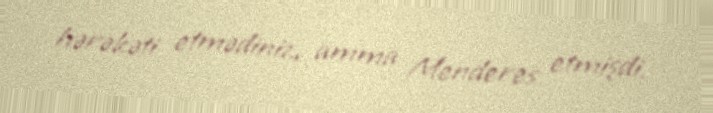
hərəkəti etmədiniz, amma Menderes etmişdi.